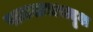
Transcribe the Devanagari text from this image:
पाकळ्यासदृश